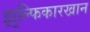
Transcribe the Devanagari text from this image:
झुल्फिकारखान